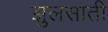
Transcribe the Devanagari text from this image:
झुलसाती